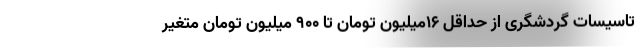
تاسیسات گردشگری از حداقل ۱۶میلیون تومان تا ۹۰۰ میلیون تومان متغیر